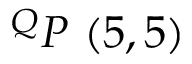
^ { Q } P \ ( 5 , 5 )